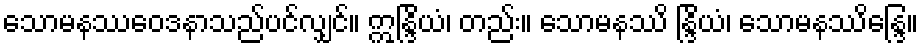
သောမနဿဝေဒနာသည်ပင်လျှင်။ ဣန္ဒြိယံ၊ တည်း။ သောမနဿိ န္ဒြိယံ၊ သောမနဿိန္ဒြေ။